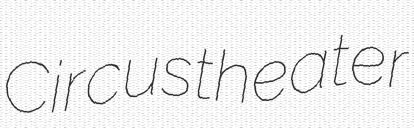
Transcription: Circustheater